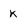
Character: k